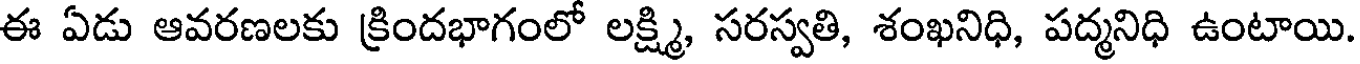
ఈ ఏడు ఆవరణలకు క్రిందభాగంలో లక్ష్మి, సరస్వతి, శంఖనిధి, పద్మనిధి ఉంటాయి.